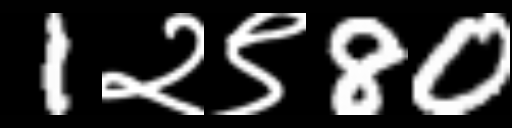
Text: 1२९80